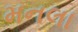
મનલા